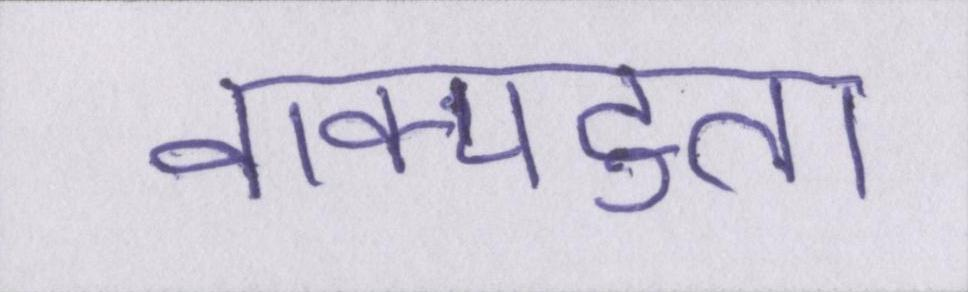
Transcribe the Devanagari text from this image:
वाक्पटुता